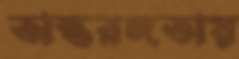
অন্তরঙ্গতায়